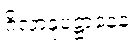
ဂိလာနုပဋ္ဌာနေန